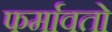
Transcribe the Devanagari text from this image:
फर्मावतो